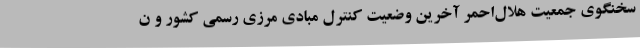
سخنگوی جمعیت هلال‌احمر آخرین وضعیت کنترل مبادی مرزی رسمی کشور و ن